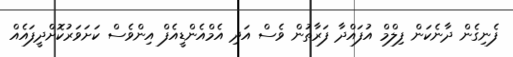
ފެނިގެން ދާނެކަން ފިލްމް އުފައްދާ ފަރާތުން ވެސް އަދި އެމްއެންޑީއެފް އިންވެސް ކަށަވަރުކޮށްދީފައެއް